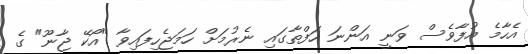
އެހާމެ އުފާވެސް ވަނީ އަންނަ ހަފްތާގައި ނެރުމަށް ހަމަޖެހިފައިވާ "އޯކޭ ޖާނޫ" ގެ